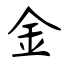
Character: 金